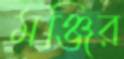
মঞ্জির